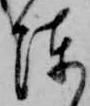
陣